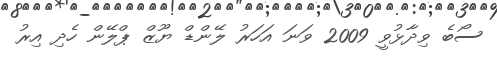
ސޯބެ ވިދާޅުވީ 2009 ވަނަ އަހަރު ލޭންޑް ޔޫޒް ޕްލޭން ހެދި އިރު